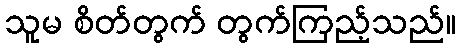
သူမ စိတ်တွက် တွက်ကြည့်သည်။